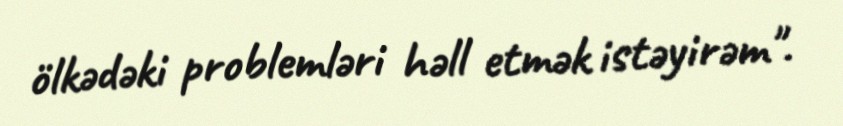
ölkədəki problemləri həll etmək istəyirəm".